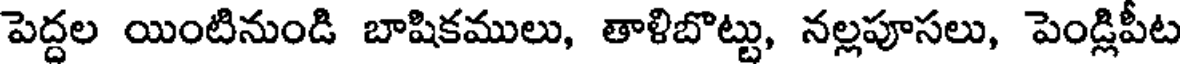
పెద్దల యింటినుండి బాషికములు, తాళిబొట్టు, నల్లపూసలు, పెండ్లిపీట